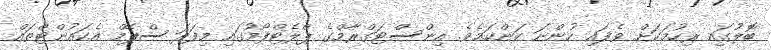
ބޮލުގައި ރިހުމަކަށް ވެފައި ހުންނަ ކަންކަމެވެ. އިންސްޓަގްރާމްގެ ޕްލެޓްފޯމުގައި މިފަދަ ސްޕޭމް އެކައުންޓްތައް